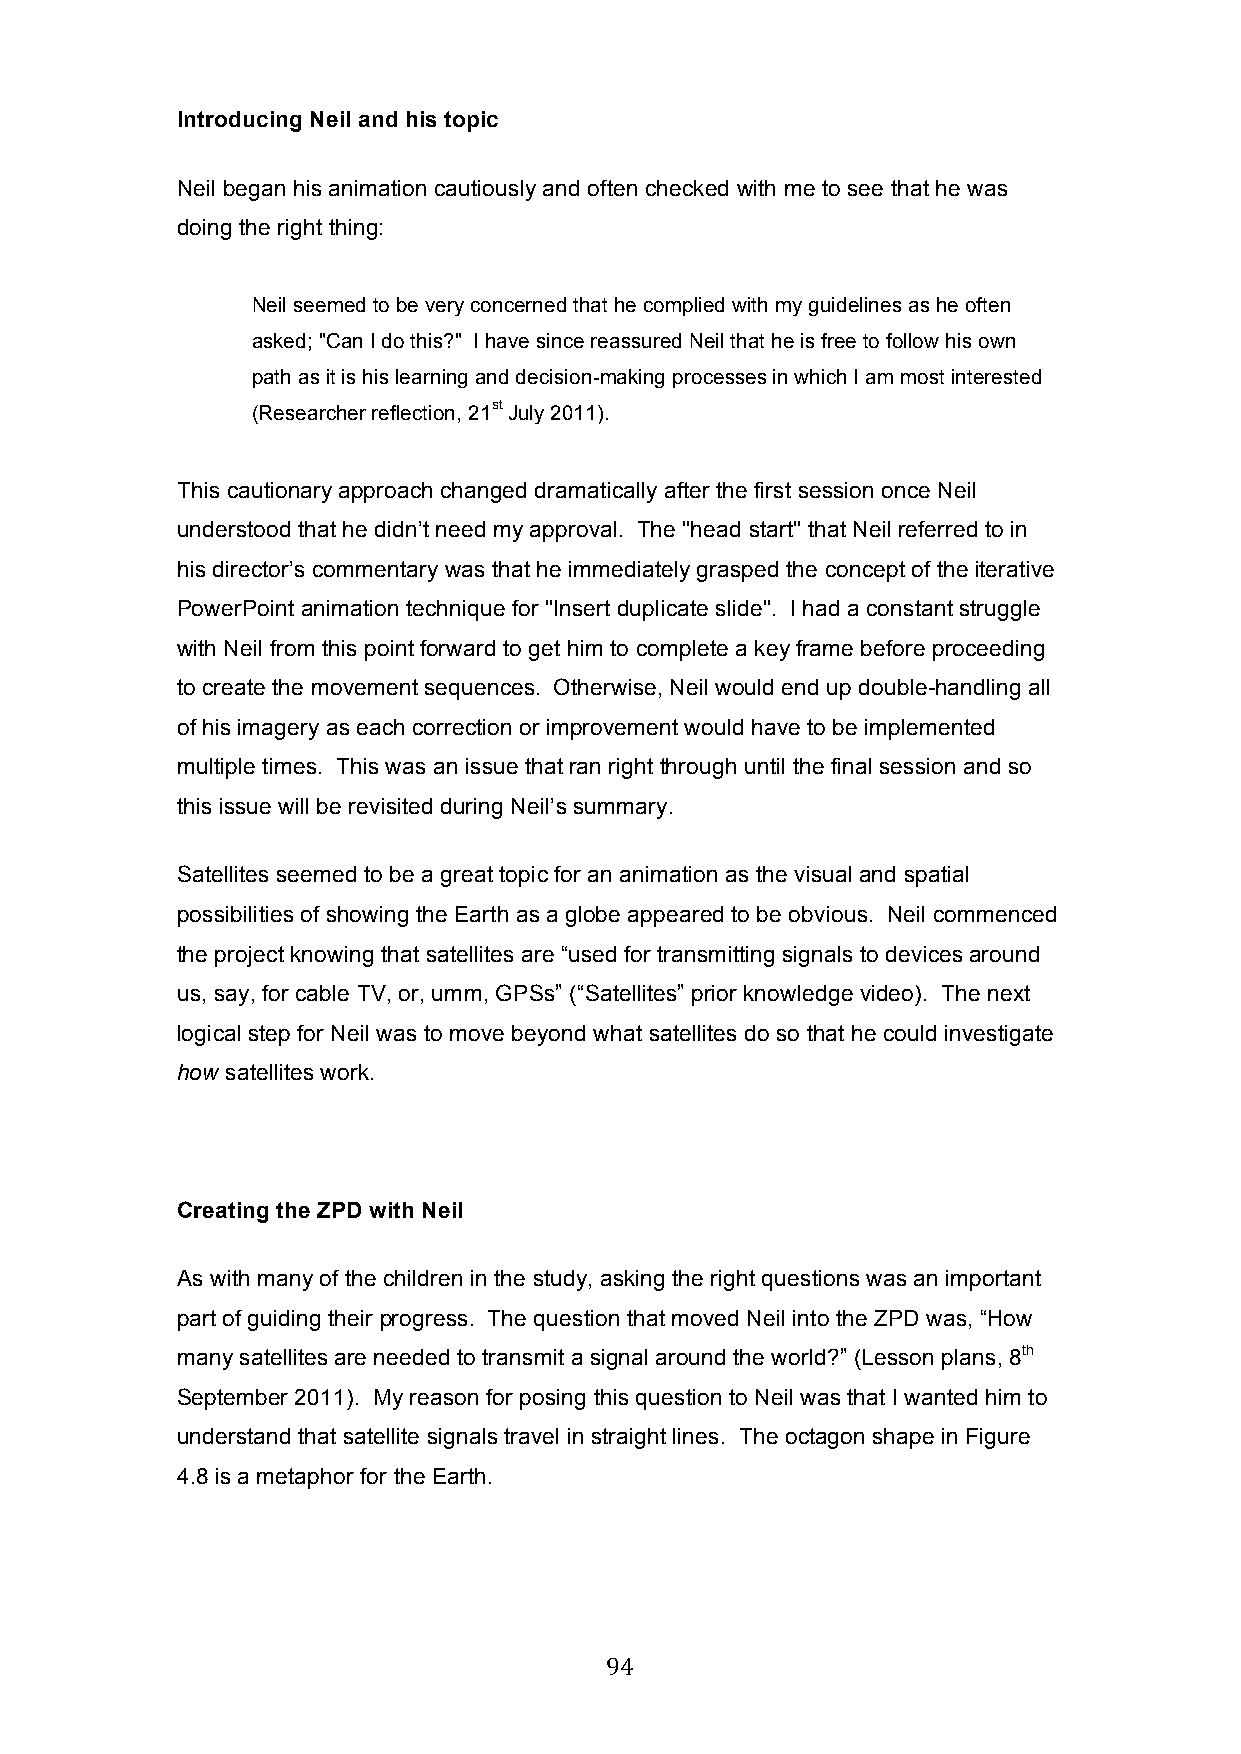
Introducing Neil and his topic
 Neil began his animation cautiously and often checked with me to see that he was
 doing the right thing:
 Neil seemed to be very concerned that he complied with my guidelines as he often
 asked; "Can I do this?" I have since reassured Neil that he is free to follow his own
 path as it is his learning and decision-making processes in which I am most interested
 (Researcher reflection, 21st July 2011).
 This cautionary approach changed dramatically after the first session once Neil
 understood that he didn’t need my approval. The "head start" that Neil referred to in
 his director’s commentary was that he immediately grasped the concept of the iterative
 PowerPoint animation technique for "Insert duplicate slide". I had a constant struggle
 with Neil from this point forward to get him to complete a key frame before proceeding
 to create the movement sequences. Otherwise, Neil would end up double-handling all
 of his imagery as each correction or improvement would have to be implemented
 multiple times. This was an issue that ran right through until the final session and so
 this issue will be revisited during Neil’s summary.
 Satellites seemed to be a great topic for an animation as the visual and spatial
 possibilities of showing the Earth as a globe appeared to be obvious. Neil commenced
 the project knowing that satellites are “used for transmitting signals to devices around
 us, say, for cable TV, or, umm, GPSs” (“Satellites” prior knowledge video). The next
 logical step for Neil was to move beyond what satellites do so that he could investigate
 how satellites work.
 Creating the ZPD with Neil
 As with many of the children in the study, asking the right questions was an important
 part of guiding their progress. The question that moved Neil into the ZPD was, “How
 many satellites are needed to transmit a signal around the world?” (Lesson plans, 8th
 September 2011). My reason for posing this question to Neil was that I wanted him to
 understand that satellite signals travel in straight lines. The octagon shape in Figure
 4.8 is a metaphor for the Earth.
 94